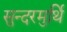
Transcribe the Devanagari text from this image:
सुन्दरमुर्थि